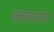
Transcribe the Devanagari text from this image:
अकाशातील